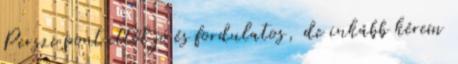
Persze pont ettől jó és fordulatos, de inkább kérem